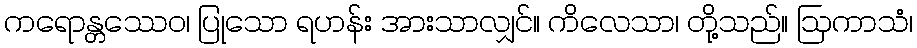
ကရောန္တဿေဝ၊ ပြုသော ရဟန်း အားသာလျှင်။ ကိလေသာ၊ တို့သည်။ ဩကာသံ၊